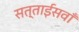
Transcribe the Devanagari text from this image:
सत्ताईसवाँ